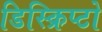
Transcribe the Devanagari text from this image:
डिस्क्रिप्टो